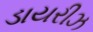
ડાયરીઝ